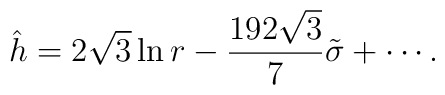
\hat{h}=2\sqrt{3}\ln r -\frac{192\sqrt{3}}{7}\tilde{\sigma}+\cdots.